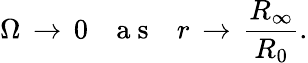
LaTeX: \Omega\, \to\, 0\ \ \ \mathrm{~a~s~}\ \ \ r\, \to\, \frac{R_{\infty}}{R_{0}}.